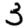
Digit: 3